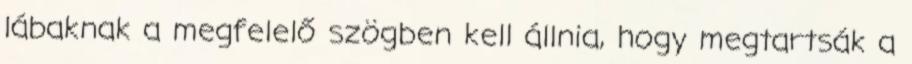
lábaknak a megfelelő szögben kell állnia, hogy megtartsák a